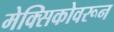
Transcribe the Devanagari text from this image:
मेक्सिकोवरून